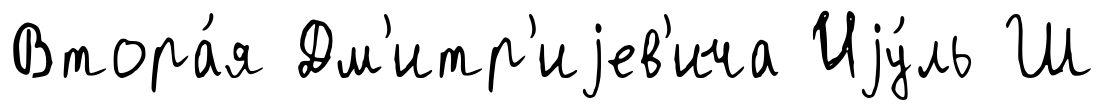
Втора́я Дм'итр'иjев'ича Иjу́ль Ш